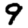
Digit: 9